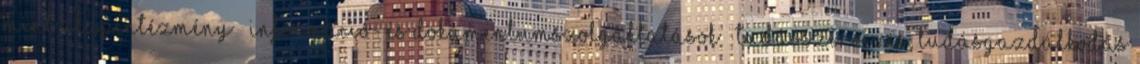
mint alapintézmény Információ- és dokumentumszolgáltatások  Tudásszervezés, tudásgazdálkodás